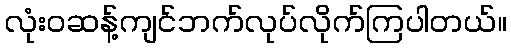
လုံးဝဆန့်ကျင်ဘက်လုပ်လိုက်ကြပါတယ်။